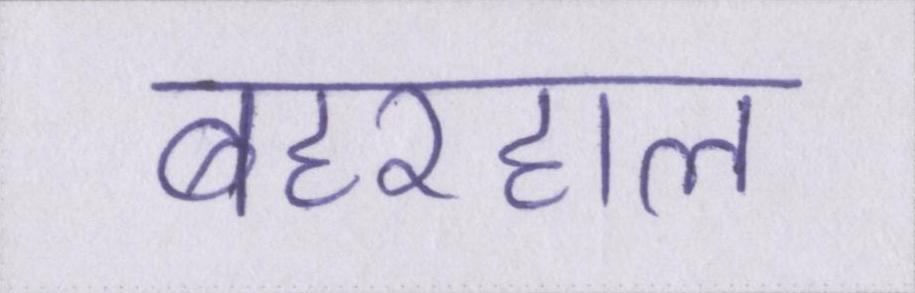
बहरहाल